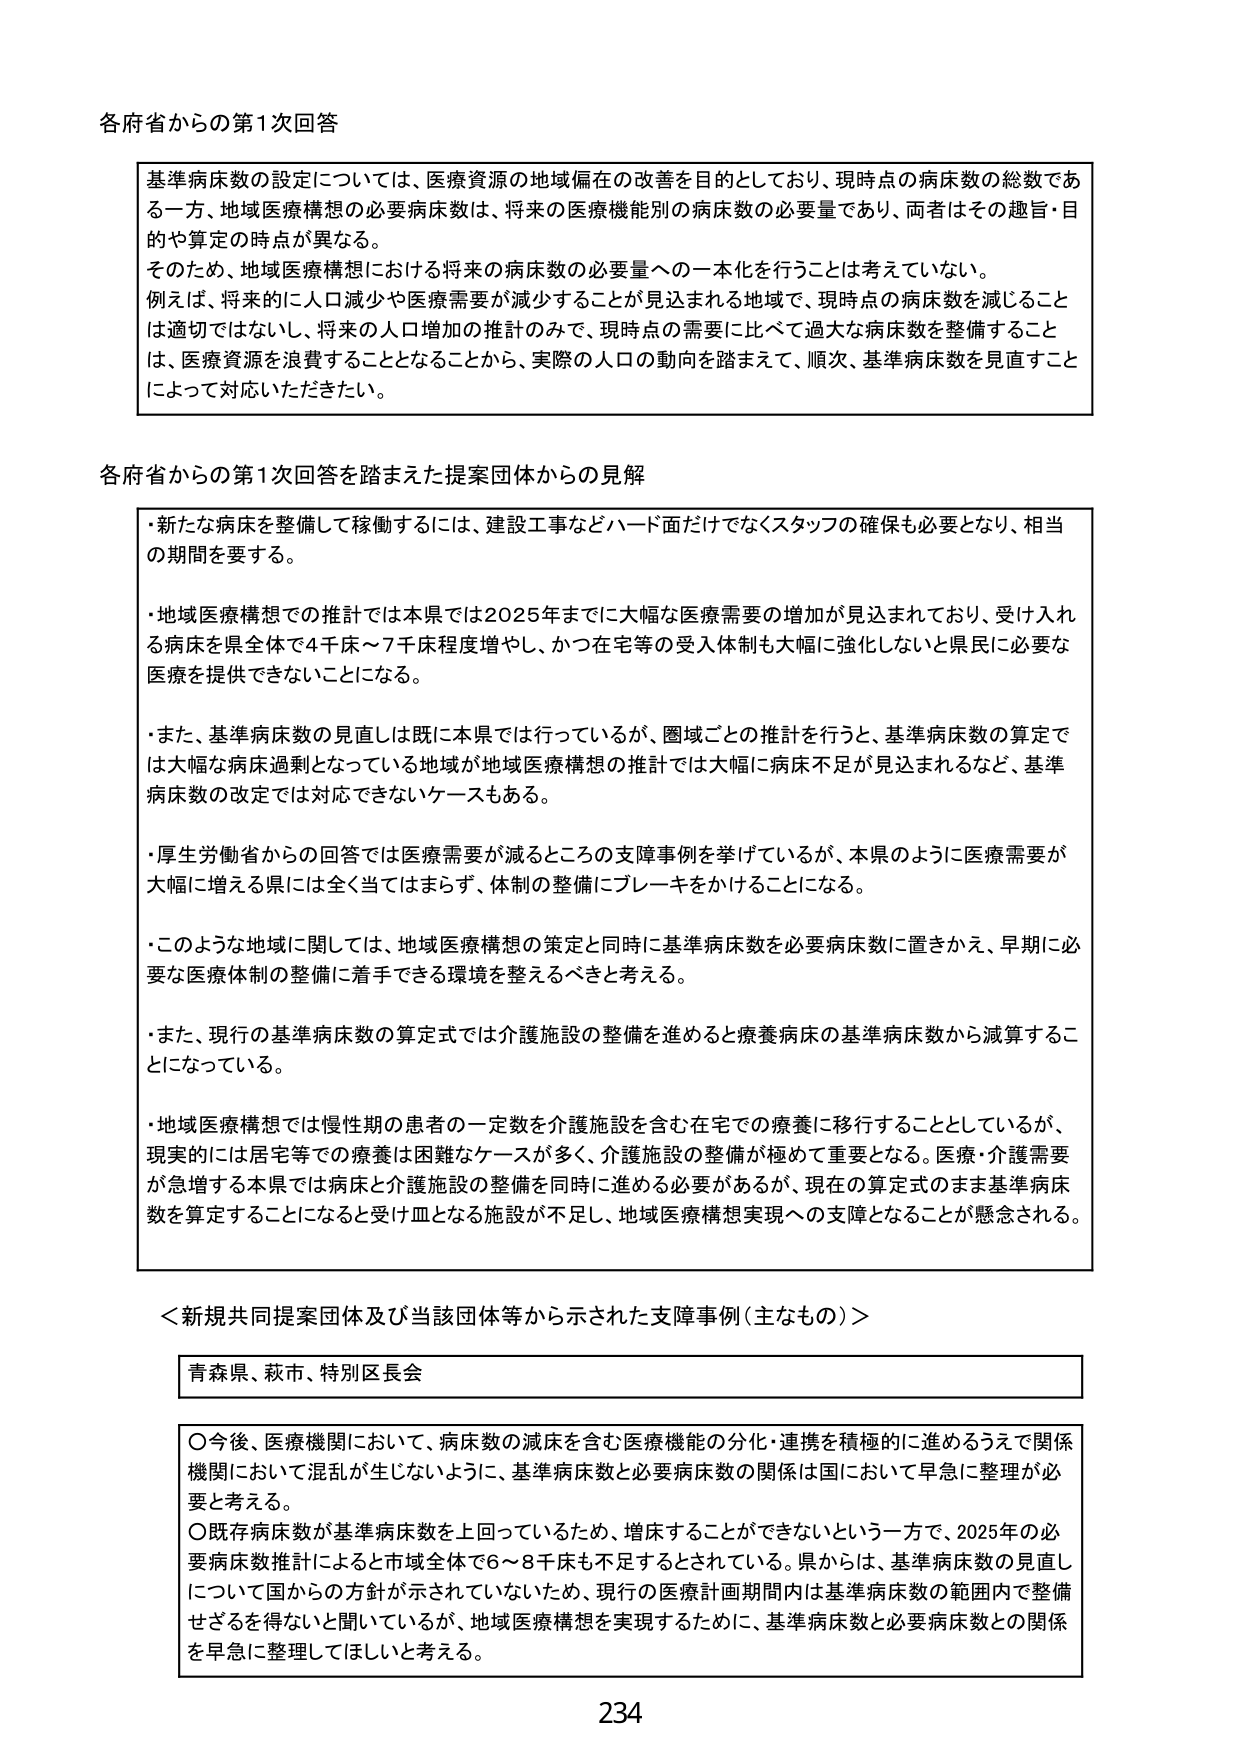
各府省からの第1次回答

基準病床数の設定については、医療資源の地域偏在の改善を目的としており、現時点の病床数の総数である一方、地域医療構想の必要病床数は、将来の医療機能別の病床数の必要量であり、両者はその趣旨・目的や算定の時点が異なる。
そのため、地域医療構想における将来の病床数の必要量への一本化を行うことは考えていない。
例えば、将来的に人口減少や医療需要が減少することが見込まれる地域で、現時点の病床数を減じることは適切ではないし、将来の人口増加の推計のみで、現時点の需要に比べて過大な病床数を整備することは、医療資源を浪費することとなることから、実際の人口の動向を踏まえて、順次、基準病床数を見直すことによって対応いただきたい。

各府省からの第1次回答を踏まえた提案団体からの見解

・新たな病床を整備して稼働するには、建設工事などハード面だけでなくスタッフの確保も必要となり、相当の期間を要する。
・地域医療構想での推計では本県では2025年までに大幅な医療需要の増加が見込まれており、受け入れる病床を県全体で4千床～7千床程度増やし、かつ在宅等の受入体制も大幅に強化しないと県民に必要な医療を提供できないことになる。
・また、基準病床数の見直しは既に本県では行っているが、圏域ごとの推計を行うと、基準病床数の算定では大幅な病床過剰となっている地域が地域医療構想の推計では大幅に病床不足が見込まれるなど、基準病床数の改定では対応できないケースもある。
・厚生労働省からの回答では医療需要が減るところの支障事例を挙げているが、本県のように医療需要が大幅に増える県には全く当てはまらず、体制の整備にブレーキをかけることになる。
・このような地域に関しては、地域医療構想の策定と同時に基準病床数を必要病床数に置きかえ、早期に必要な医療体制の整備に着手できる環境を整えるべきと考える。
・また、現行の基準病床数の算定式では介護施設の整備を進めると療養病床の基準病床数から減算することになっている。
・地域医療構想では慢性期の患者の一定数を介護施設を含む在宅での療養に移行することとしているが、現実的には在宅等での療養は困難なケースが多く、介護施設の整備が極めて重要となる。医療・介護需要が急増する本県では病床と介護施設の整備を同時に進める必要があるが、現在の算定式のまま基準病床数を算定することになると受け皿となる施設が不足し、地域医療構想実現への支障となることが懸念される。

＜新規共同提案団体及び当該団体等から示された支障事例（主なもの）＞

青森県、萩市、特別区長会

○今後、医療機関において、病床数の減床を含む医療機能の分化・連携を積極的に進めるうえで関係機関において混乱が生じないように、基準病床数と必要病床数の関係は国において早急に整理が必要と考える。
○既存病床数が基準病床数を上回っているため、増床することができないという一方で、2025年の必要病床数推計によると市域全体で6～8千床も不足するとされている。県からは、基準病床数の見直しについて国からの方針が示されていないため、現行の医療計画期間内は基準病床数の範囲内で整備せざるを得ないと聞いているが、地域医療構想を実現するために、基準病床数と必要病床数との関係を早急に整理してほしいと考える。

234